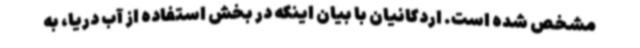
مشخص شده است. اردکانیان با بیان اینکه در بخش استفاده از آب دریا، به